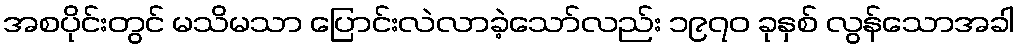
အစပိုင်းတွင် မသိမသာ ပြောင်းလဲလာခဲ့သော်လည်း ၁၉၇၀ ခုနှစ် လွန်သောအခါ